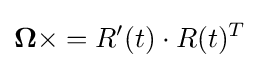
{\boldsymbol {\Omega }}\times =R'(t)\cdot R(t)^{T}